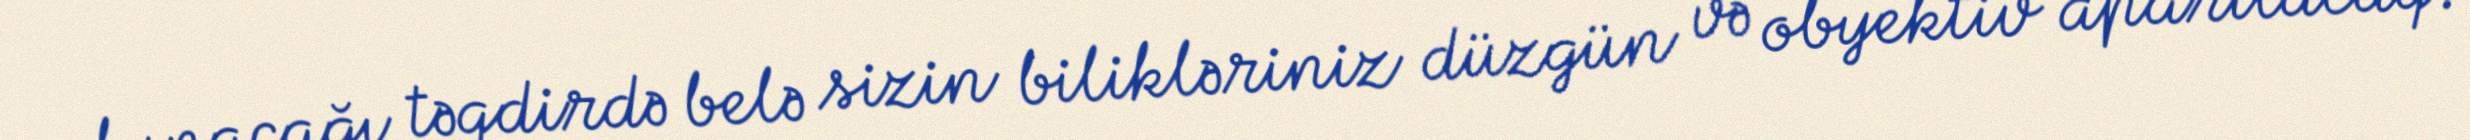
olunacağı təqdirdə belə sizin bilikləriniz düzgün və obyektiv aparılacaq.